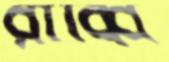
রাব্বি